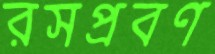
রসপ্রবণ